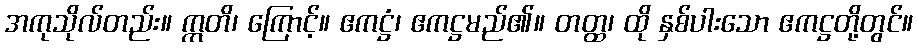
အကုသိုလ်တည်း။ ဣတိ၊ ကြောင့်။ ဧကဋ္ဌံ၊ ဧကဋ္ဌမည်၏။ တတ္ထ၊ ထို နှစ်ပါးသော ဧကဋ္ဌတို့တွင်။